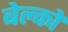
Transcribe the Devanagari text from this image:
बेल्को